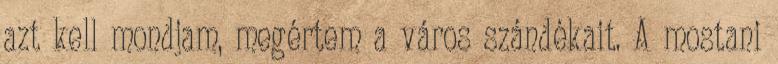
azt kell mondjam, megértem a város szándékait. A mostani